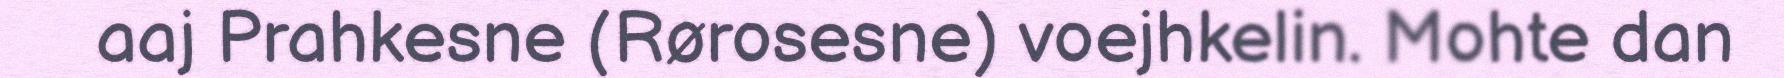
aaj Prahkesne (Rørosesne) voejhkelin. Mohte dan